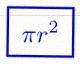
\pi r^2